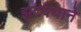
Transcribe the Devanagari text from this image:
झटक्‍याने